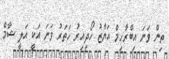
ތިން ވަނަ އިބްރާހިމް އަޔާޒު ހޯދިއިރު ހަތަރު ވަނަ އަކީ އަލީ ޝާމް